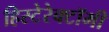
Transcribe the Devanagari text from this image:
हिस्टेरेक्टॉमी